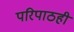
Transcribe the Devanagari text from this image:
परिपाठही